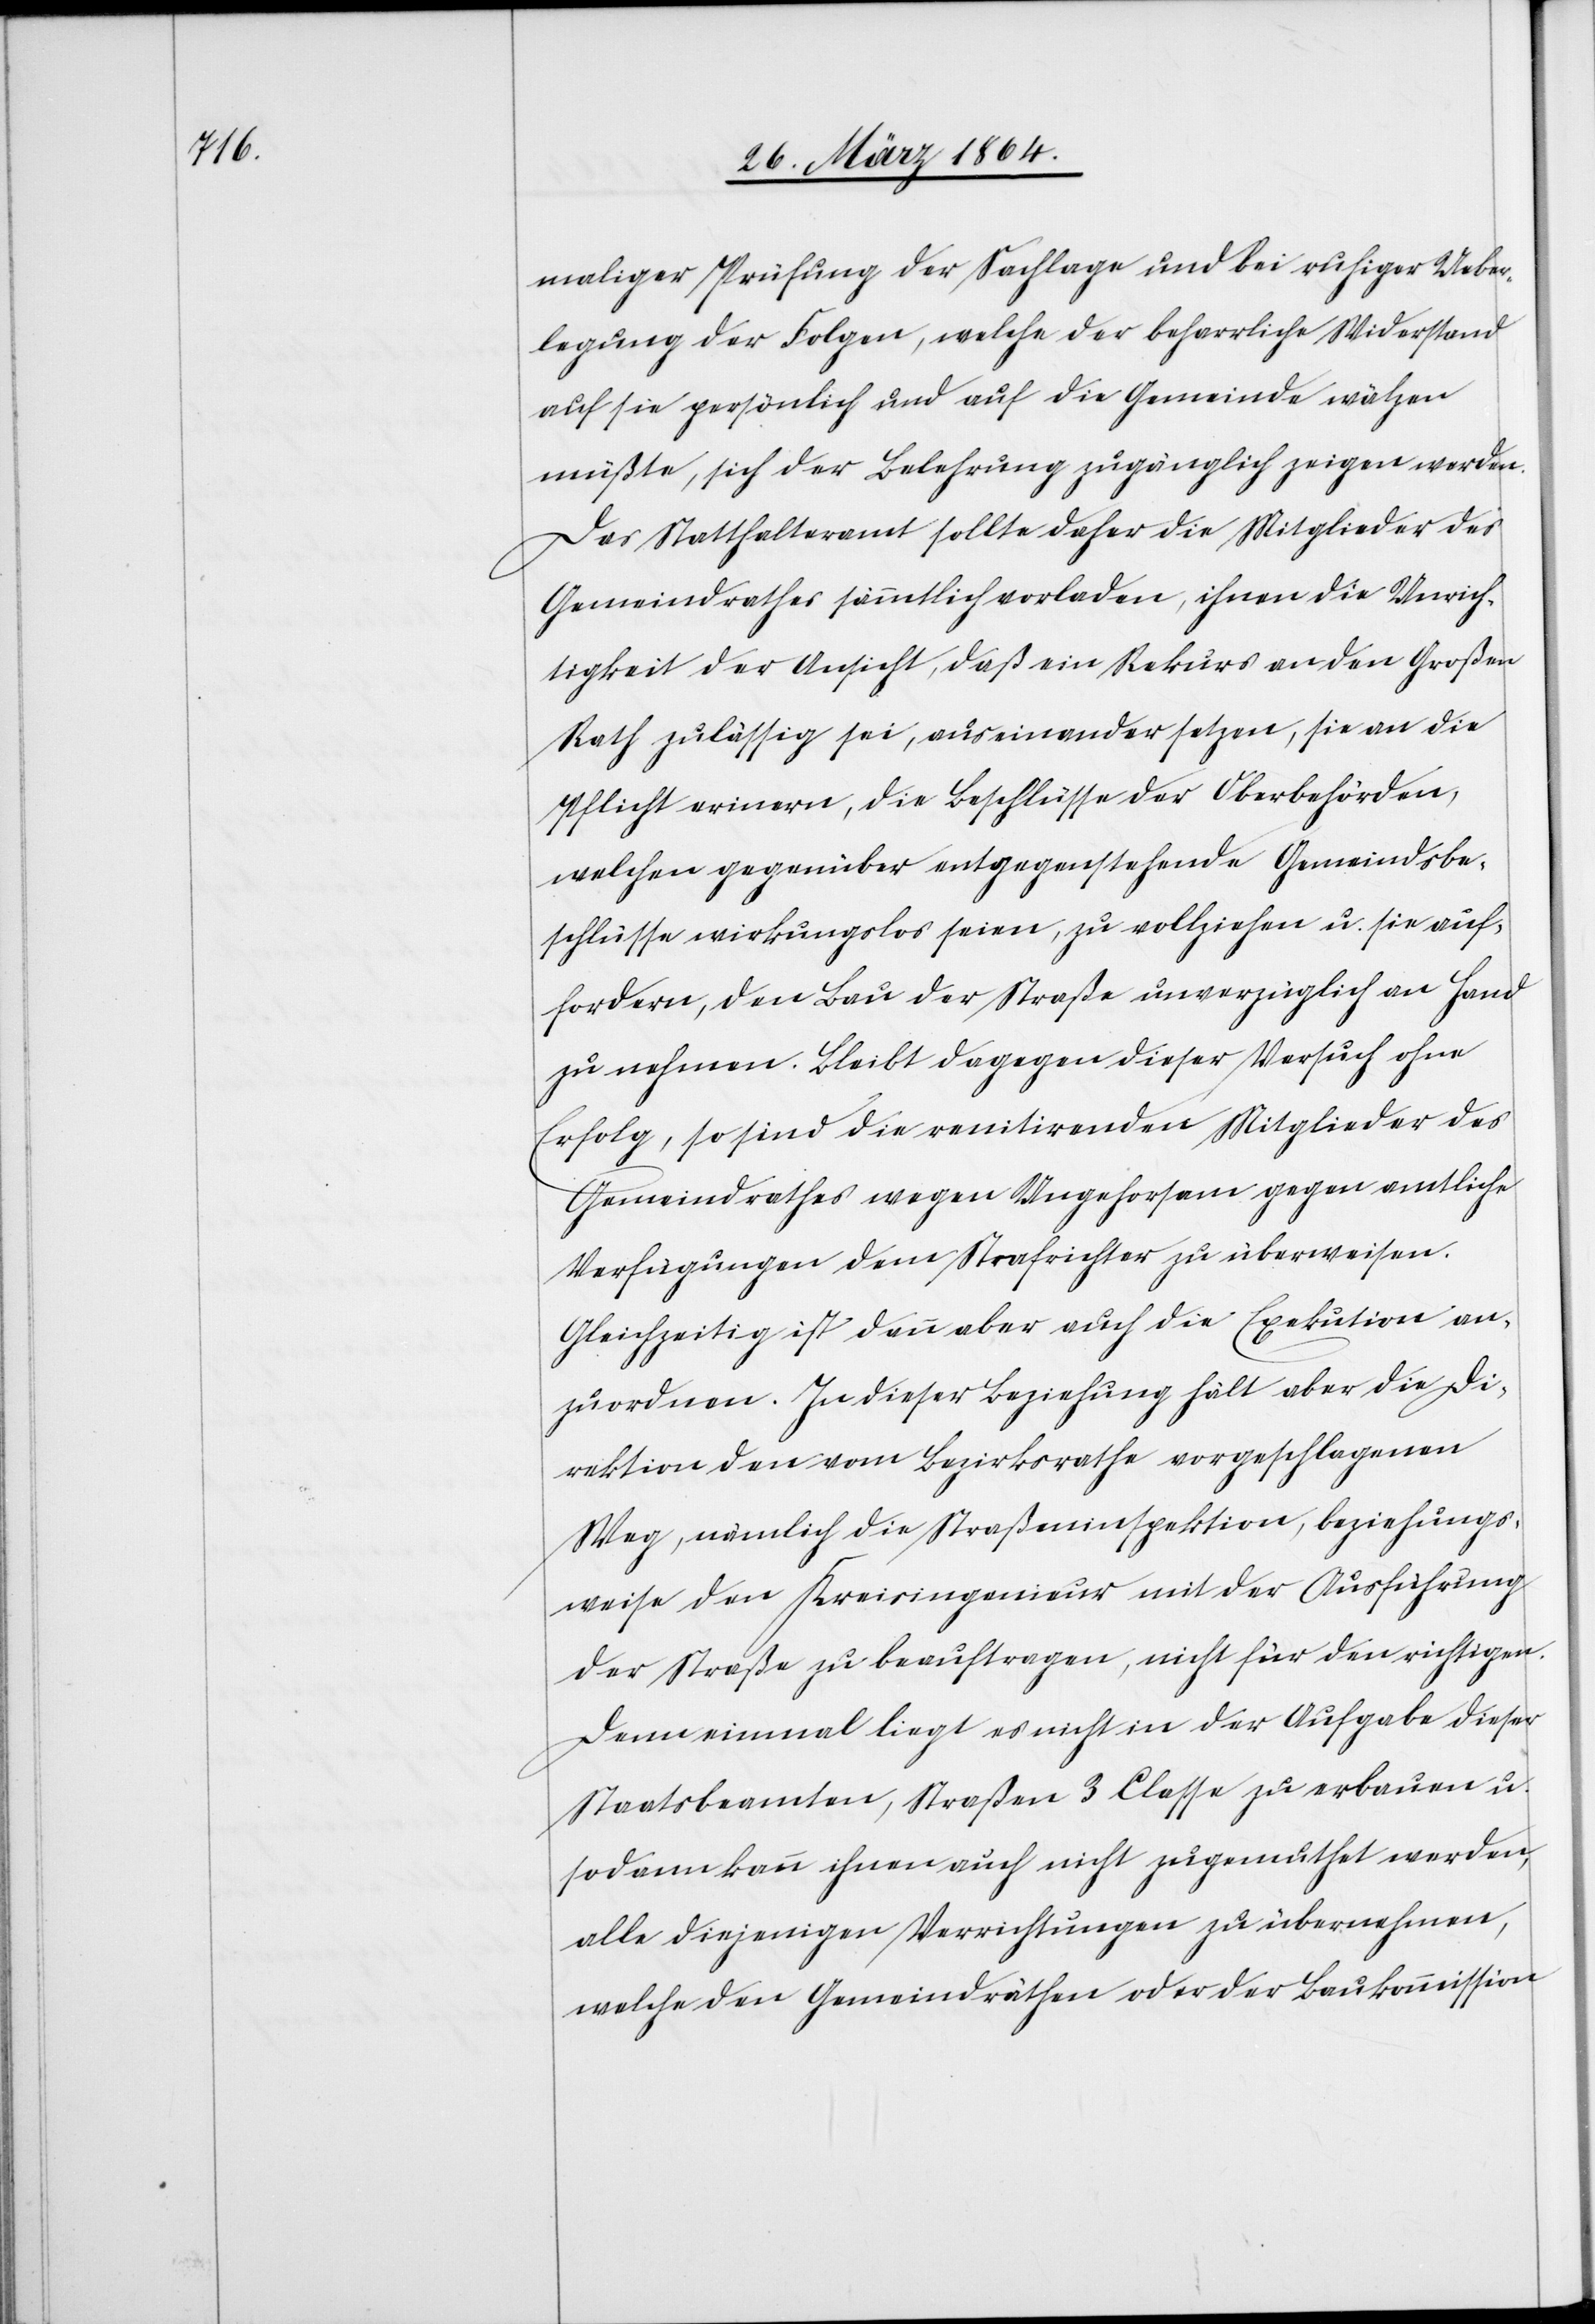
maliger Prüfung der Sachlage und bei ruhiger Ueber¬
legung der Folgen, welche der beharrliche Widerstand
auf sie persönlich und auf die Gemeinde wähen
müßte, sich der Belehrung zugänglich zeigen werden.
Das Statthalteramt sollte daher die Mitglieder des
Gemeindrathes sämmtlich vorladen, ihnen die Unrich¬
tigkeit der Ansicht, daß ein Rekurs an den Großen
Rath zulässig sei, auseinandersetzen, sie an die
Pflicht erinern [sic!], die Beschlüsse der Oberbehörden,
welchen gegenüber entgegenstehende Gemeindsbe¬
schlüsse wirkungslos seien, zu vollziehen u. sie aufz¬
ufordern, den Bau der Straße unverzüglich an Hand
zu nehmen. Bleibt dagegen dieser Versuch ohne
Erfolg, so sind die renitirenden Mitglieder des
Gemeindrathes wegen Ungehorsam gegen amtliche
Verfügungen dem Strafrichter zu überweisen.
Gleichzeitig ist dann aber auch die Exekution an¬
zuordnen. In dieser Beziehung hält aber die Di¬
rektion den vom Bezirksrathe vorgeschlagenen
Weg, nämlich die Straßeninspektion, beziehungs¬
weise den Kreisingenieur mit der Ausführung
der Straße zu beauftragen, nicht für den richtigen.
Denn einmal liegt es nicht in der Aufgabe dieser
Staatsbeamten, Straßen 3 Classe zu erbauen u.
sodann kann ihnen auch nicht zugemuthet werden,
alle diejenigen Verrichtungen zu übernehmen,
welche den Gemeindräthen oder der Baukommission